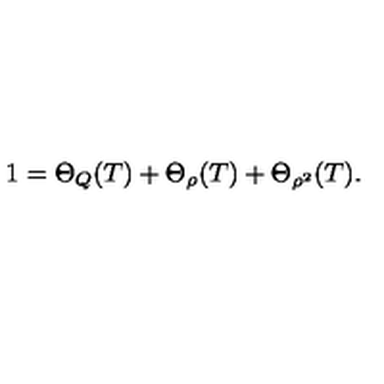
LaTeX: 1 = \Theta _ { Q } ( T ) + \Theta _ { \rho } ( T ) + \Theta _ { \rho ^ { 2 } } ( T ) .